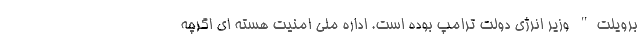
برویلت" وزیر انرژی دولت ترامپ بوده است. اداره ملی امنیت هسته ای اگرچه